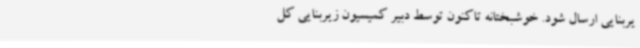
یربنایی ارسال شود. خوشبختانه تاکنون توسط دبیر کمیسیون زیربنایی کل